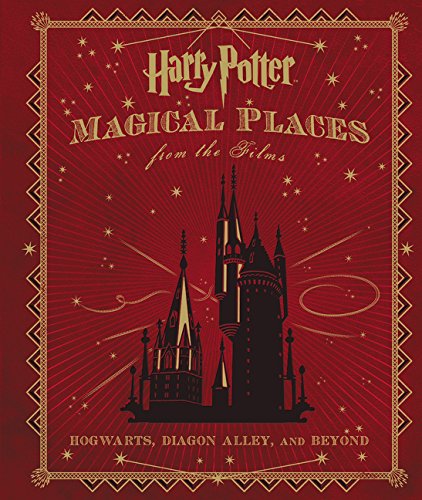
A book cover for Harry Potter: Magical Places from the Films: Hogwarts, Diagon Alley, and Beyond; Jody Revenson; Science Fiction & Fantasy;